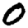
Digit: 0